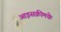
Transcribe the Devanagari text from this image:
आइसक्रीमके